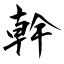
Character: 幹